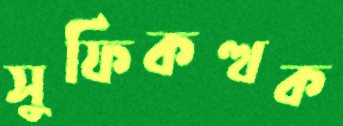
সুফিকত্থক